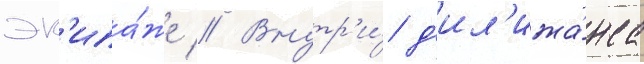
эк'ипа́же // Внутр'и́ д'ил'ижа́нса